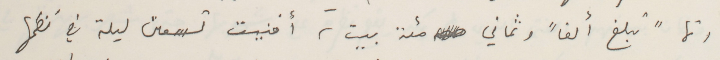
أنما "تبلغ ألفاً وثماني مئة بيت، أفنيت تسعىن ليلة في نظمها.